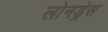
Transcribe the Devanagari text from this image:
लोनड्रेस